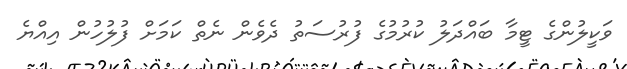
ވަކީލުންގެ ޓީމާ ބައްދަލު ކުރުމުގެ ފުރުސަތު ދެވެން ނެތް ކަމަށް ފުލުހުން އިއްޔެ